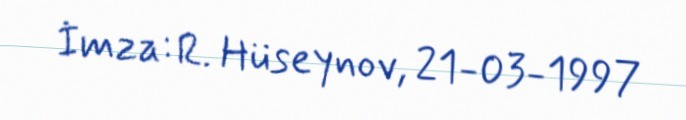
İmza: R. Hüseynov, 21-03-1997